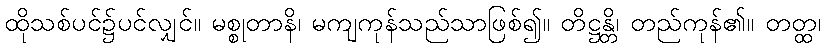
ထိုသစ်ပင်၌ပင်လျှင်။ မစ္စုတာနိ၊ မကျကုန်သည်သာဖြစ်၍။ တိဋ္ဌန္တိ၊ တည်ကုန်၏။ တတ္ထ၊